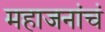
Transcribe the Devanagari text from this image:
महाजनांचं